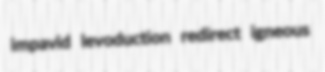
impavid levoduction redirect igneous